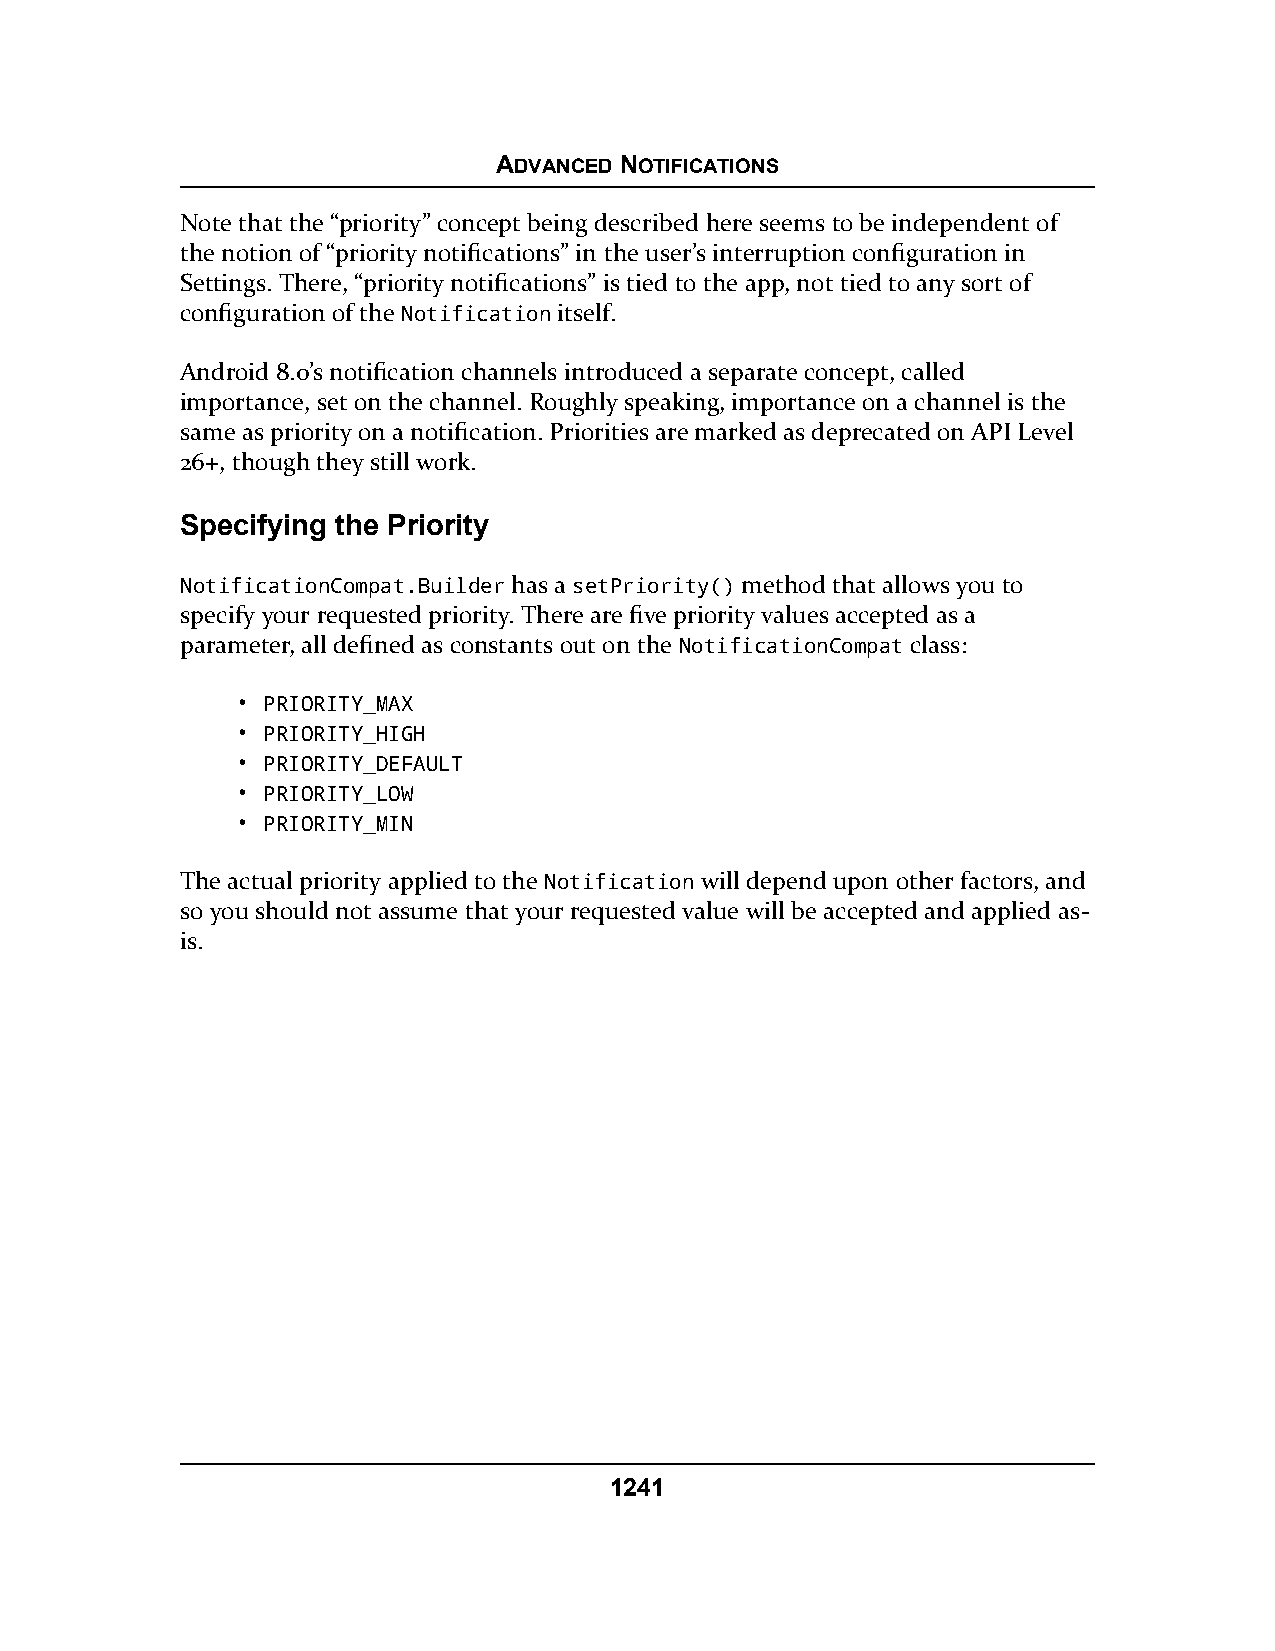
ADVANCED NOTIFICATIONS
 Note that the “priority” concept being described here seems to be independent of
 the notion of “priority notifications” in the user’s interruption configuration in
 Settings. There, “priority notifications” is tied to the app, not tied to any sort of
 configuration of the Notification itself.
 Android 8.0’s notification channels introduced a separate concept, called
 importance, set on the channel. Roughly speaking, importance on a channel is the
 same as priority on a notification. Priorities are marked as deprecated on API Level
 26+, though they still work.
 Specifying the Priority
 NotificationCompat.Builder has a setPriority() method that allows you to
 specify your requested priority. There are five priority values accepted as a
 parameter, all defined as constants out on the NotificationCompat class:
 • PRIORITY_MAX
 • PRIORITY_HIGH
 • PRIORITY_DEFAULT
 • PRIORITY_LOW
 • PRIORITY_MIN
 The actual priority applied to the Notification will depend upon other factors, and
 so you should not assume that your requested value will be accepted and applied as-
 is.
 1241